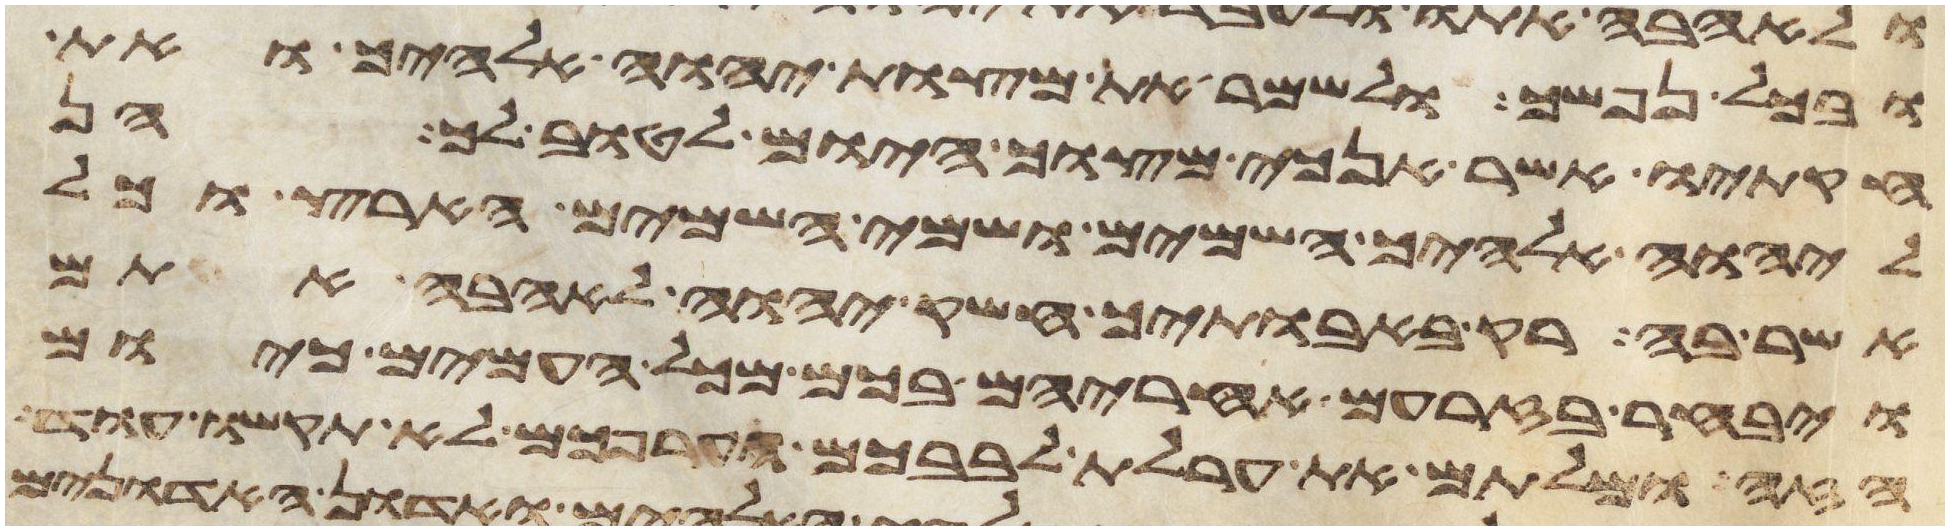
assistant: ובכל נפשך ולשמר את מצות יהוה אלהיך ואת
חקתיו אשר אנכי מצוך היום לטוב לך הן
ליהוה אלהיך השמים ושמי השמים הארץ וכל
אשר בה רק באבתיך חשק יהוה לאהבה אתם
ויבחר בזרעם אחריהם בכם מכל העמים כיום
הזה ומלתם את ערלת לבבכם וערפכם לא תקשו עוד